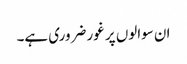
ان سوالوں پر غور ضروری ہے۔